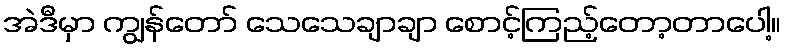
အဲဒီမှာ ကျွန်တော် သေသေချာချာ စောင့်ကြည့်တော့တာပေါ့။